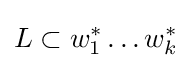
L\subset w_{1}^{*}\ldots w_{k}^{*}